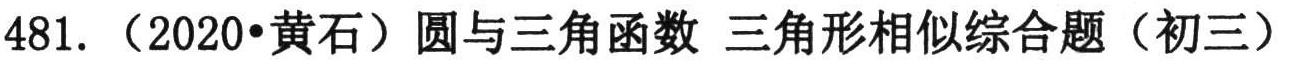
481. （2020•黄石）圆与三角函数 三角形相似综合题（初三）